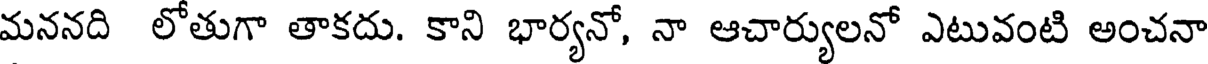
మననది లోతుగా తాకదు. కాని భార్యనో, నా ఆచార్యులనో ఎటువంటి అంచనా